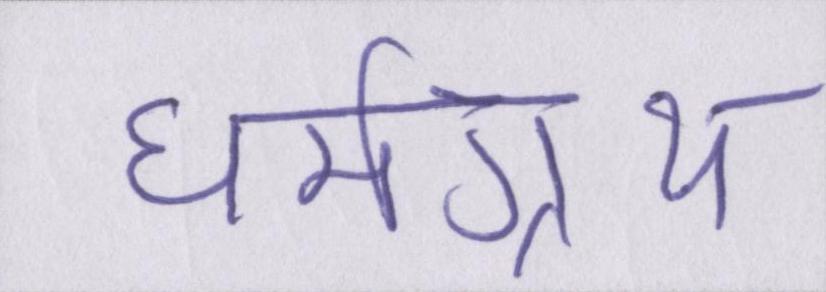
धर्मग्रन्थ